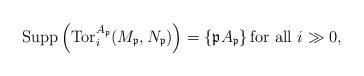
LaTeX: \begin{align*}\operatorname{Supp}\left( \operatorname{Tor}_i^{A_{\mathfrak{p}}}(M_{\mathfrak{p}}, N_{\mathfrak{p}}) \right) = \left\{ \mathfrak{p} A_{\mathfrak{p}} \right\} \mbox{for all } i \gg 0,\end{align*}